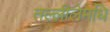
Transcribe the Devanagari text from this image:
तल्लीलेमधि